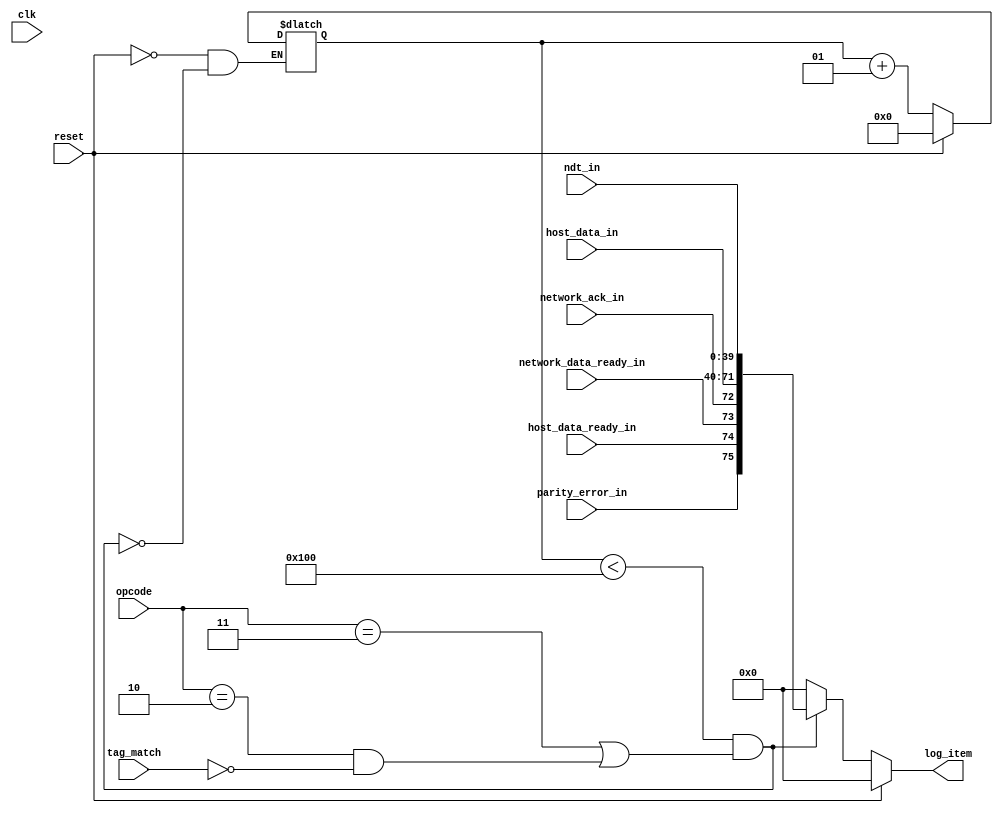
module log #(
    parameter DATA_SIZE = 32,
    parameter TAG_SIZE = 8,
    parameter MEM_DEPTH = 256  // Define the depth of the memory
) (
    input clk,
    input reset,
    input [1:0] opcode,
    input tag_match,
    input parity_error_in,
    input host_data_ready_in,
    input network_data_ready_in,
    input network_ack_in,
    input [DATA_SIZE-1:0] host_data_in,
    input [DATA_SIZE+TAG_SIZE-1:0] ndt_in,
    output reg[75:0] log_item
);

reg[MEM_DEPTH-1:0] log_memory[75:0];

integer i = 0;  // Memory write pointer

wire[75:0] log_item_wire = {parity_error_in, host_data_ready_in, network_data_ready_in, network_ack_in, host_data_in, ndt_in};
wire should_log;
localparam OP_RXA = 2'b10;
localparam OP_LOG = 2'b11;
assign should_log = (opcode == OP_LOG || (opcode == OP_RXA && tag_match == 0));

always @(*) begin
    if (reset) begin
        for (i = 0; i < MEM_DEPTH; i = i + 1) begin
            log_memory[i] <= 76'd0;
        end
        log_item <= 0;
        i <= 0;
    end else if (i < MEM_DEPTH && should_log) begin
        // Condense all inputs into one item and store in memory
        log_memory[i] <= log_item_wire;
        log_item <= log_item_wire;
        i <= i + 1;  // Increment memory pointer
    end else begin
        log_item <= 0;   
    end
end

endmodule